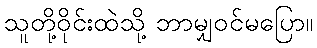
သူတို့ဝိုင်းထဲသို့ ဘာမျှဝင်မပြော။